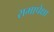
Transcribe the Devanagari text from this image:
रामापेक्षा